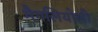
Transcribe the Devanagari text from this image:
मैगलियोली